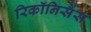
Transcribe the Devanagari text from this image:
रिकॉनिसैंस